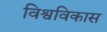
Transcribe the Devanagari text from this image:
विश्वविकास